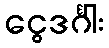
ငွေဒင်္ဂါး